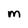
Character: M